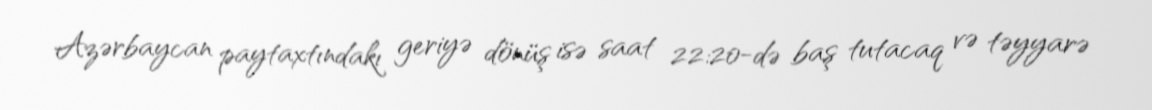
Azərbaycan paytaxtındakı geriyə dönüş isə saat 22:20-də baş tutacaq və təyyarə